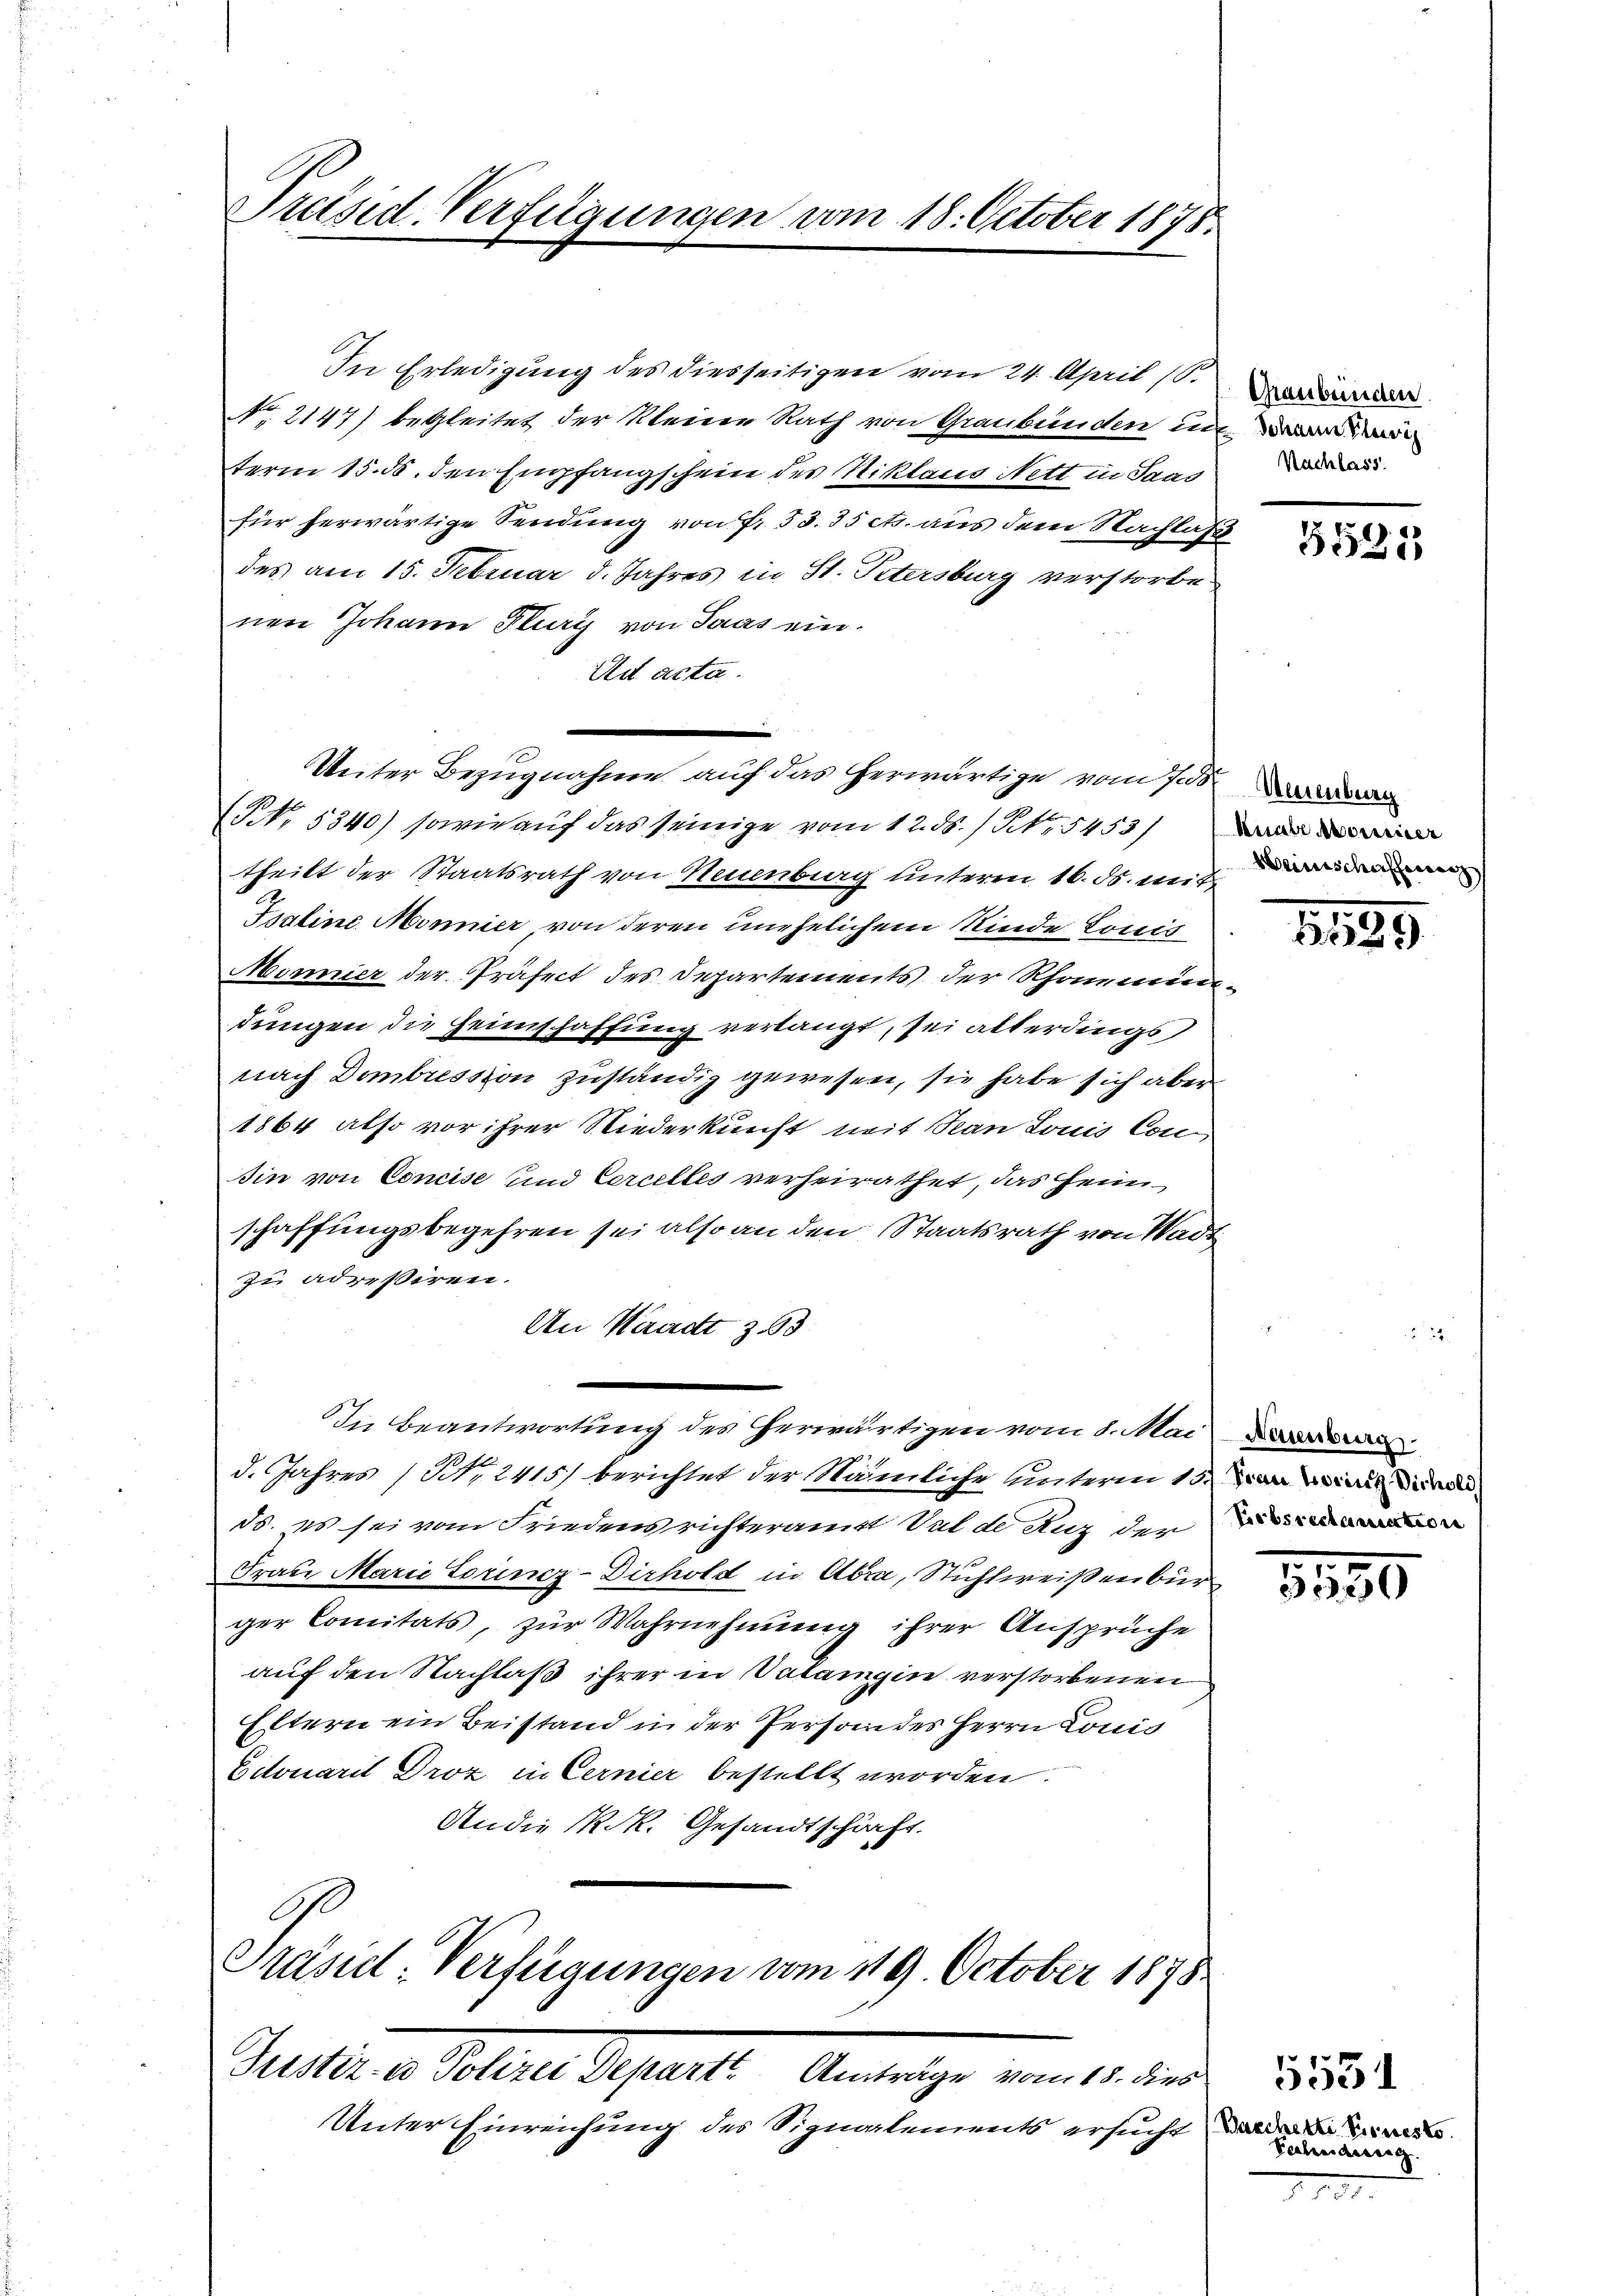
Präsid-Verfügungen vom 18. October 1878.

In Erledigung des diesseitigen vom 24. April (S. Wor
No. 2147) begleitet der kleine Rath von Graubünden in
term 15. ds. den Empfangschein des Niklaus Nett in Saus
für herwärtige Sendung von Fr. 53. 35 cts. aus dem Nachlaß
des am 15. Februar d. Jahres in St. Petersburg verstorbe
nen Johann Flury von Saas ein.
Ad acta.
—
(NNo. 5340) sowie auf das seinige vom 12. ds. / Nr. 5453/
theilt der Staatsrath von Neuenburg unteren 16. ds. mit
Tsaline Mönnier, von deren unehelichem Rinde Louis
Mönnier der Präfect des Departements der Rhonenindungen die Heimschaffung verlangt, sei allerdings,
nach Dombression zuständig gewesen, sie habe sich aber
1864 also vor ihrer Niederkunft mit Jean Louis Condin von Concise und Cercelles verheirathet, das Heim
schaffungsbegehren sei also an den Staatsrath von Wadt
zu adreßiren.
An Waadt z. 63
In Beantwortung des herwärtigen vom 1. Mai
d. Jahres (Nr. 2415/ berichtet der Nämliche unterm 13. Man mit d
ds. es sei vom Friedensrichteramt Val de Aug der
Frau Marie Louincz-Dirhold in Abra, Stuhlweisenbur
ger Comitats, zur Wahrnehmung ihrer Ansprüche
auf den Nachlaß ihrer in Valangin verstorbenen
Eltern ein Beistand in der Persondes Herrn Louis
Eitouarii Droz in Cernier bestellt worden.
An die K. R. Gesandtschärft.
.
Präsid. Verfügungen vom 119. October 1878

Unter Einreichung des Signalements ersucht, da de d

Peter an Solle. Separte mit der

Weiter Bezugnahme auf das herwärtige vom 7.

Nachlass

5592

Heinschafferen

1899

8150

Tahndung.

5531